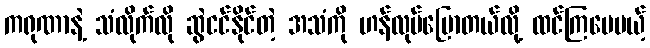
ကရုဏာနဲ့ သံလိုက်လို ဆွဲငင်နိုင်တဲ့ အသံကို ဟန်လုပ်ပြောတယ်လို့ ထင်ကြပေမယ့်